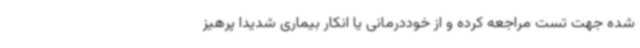
شده جهت تست مراجعه کرده و از خوددرمانی یا انکار بیماری شدیداً پرهیز